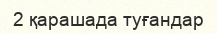
2 қарашада туғандар